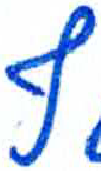
אות: ף